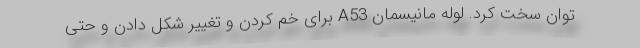
توان سخت کرد. لوله مانیسمان A53 برای خم کردن و تغییر شکل دادن و حتی